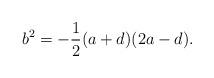
LaTeX: \begin{align*} b^2=-\frac12 (a+d)(2a-d).\end{align*}